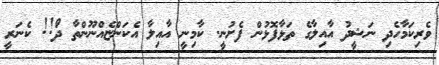
ވެރިކަމާހެދި ނަޝީދު އާއިލާގެ ތަޅާފޮޅުން ފެށުނީ. ކާމިނީ އާއިލާ އެކަންޏެއްނޫންތާ ދަޯ!! ކެނަރީ